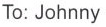
To: Johnny